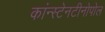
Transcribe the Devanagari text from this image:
कांन्स्टेनटीनोपोल